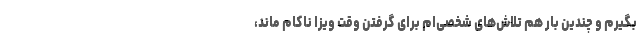
بگیرم و چندین بار هم تلاش‌های شخصی‌ام برای گرفتن وقت ویزا ناکام ماند،